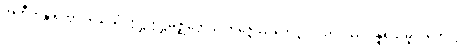
အတီတန္တိ ရတ္တာဝသေသံ ဣဋ္ဌဣဋ္ဌမဇ္ဈတ္တေသု ဘိဇ္ဇေယျ ဟေဋ္ဌာပါသာဒဿ ပန္နရသမူလကေ လ္တု